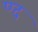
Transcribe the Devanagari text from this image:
ण्द